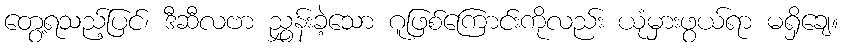
တွေ့ရသည့်ပြင်၊ ဒီဆီလဗာ ညွှန်းခဲ့သော ဂူဖြစ်ကြောင်းကိုလည်း ယုံမှားဖွယ်ရာ မရှိချေ။